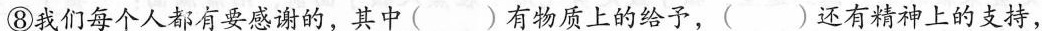
⑧我们每个人都有要感谢的，其中( )有物质上的给予，( )还有精神上的支持，